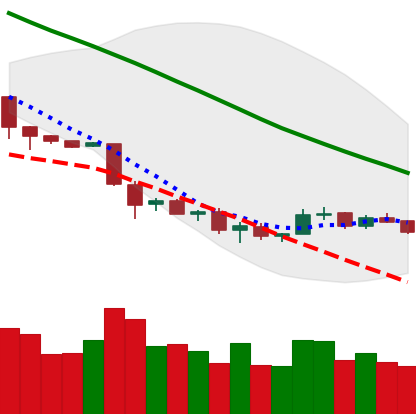
Ticker: NEO-USD
Chart end date: 2018-12-03
Forward return: -17.72%
Label: down_7plus